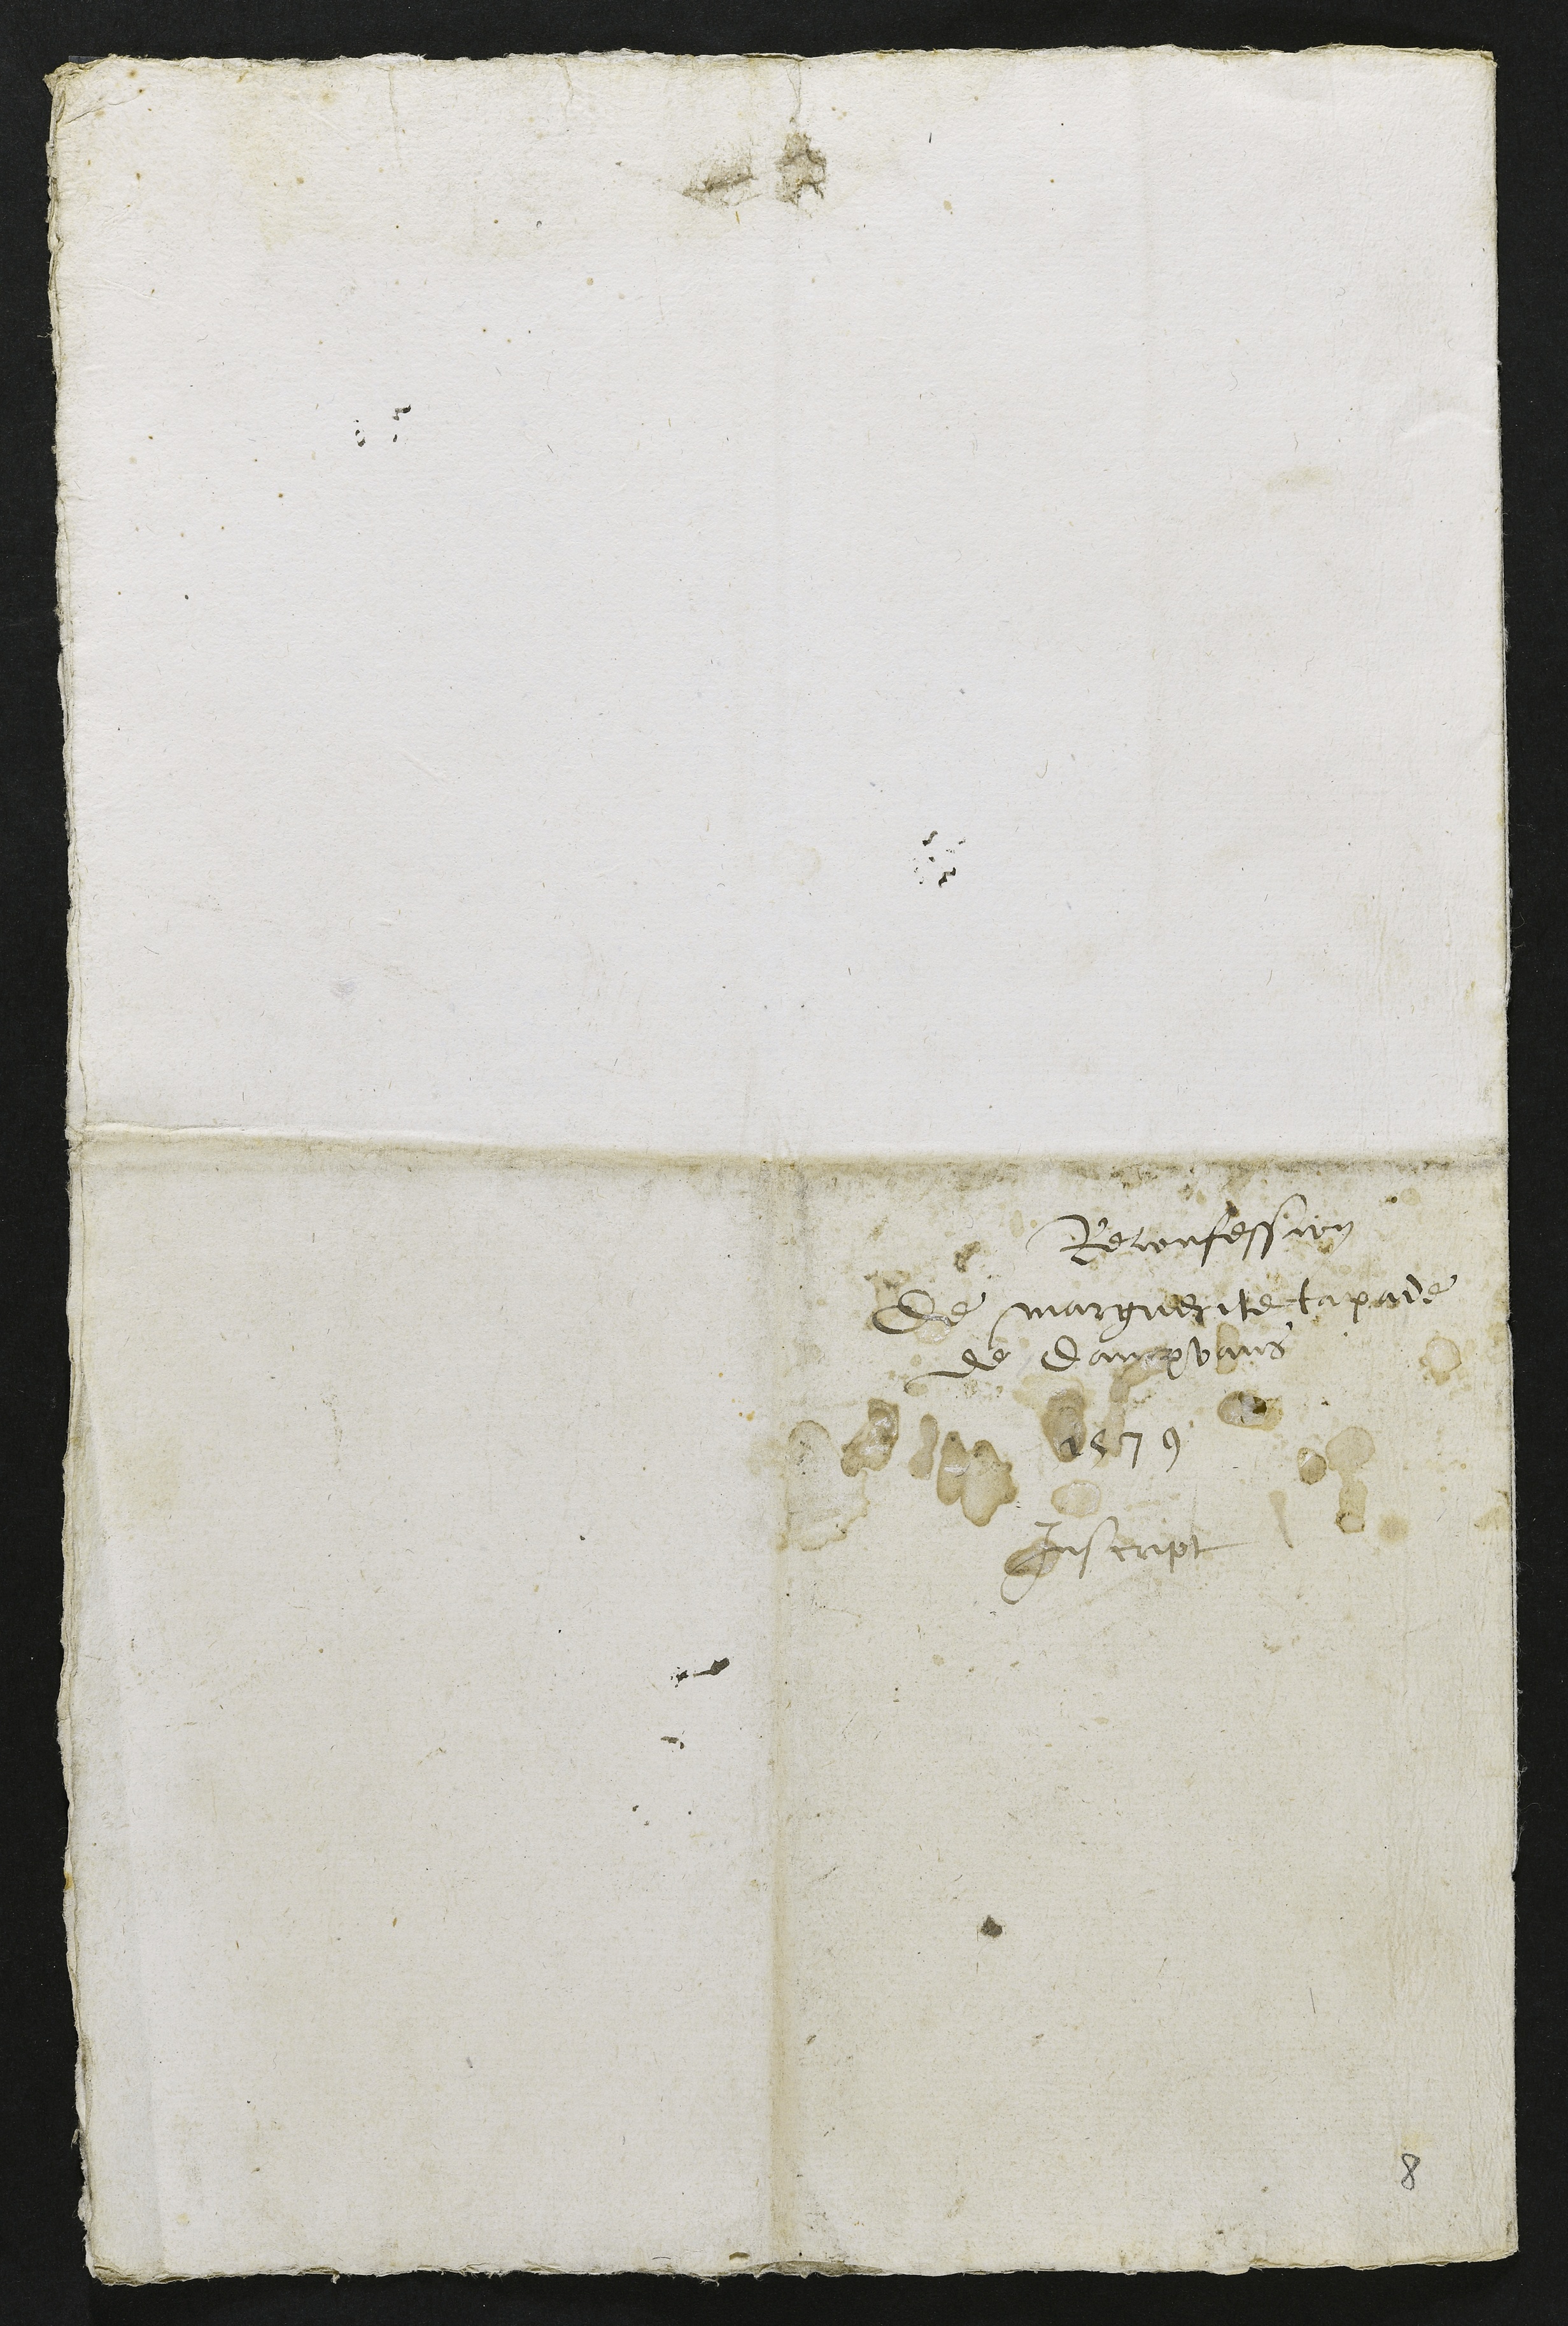
Reconfession
de marguerite tapade
et dampvans
1579
Inscript

8